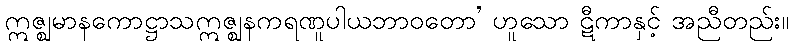
ဣဇ္ဈမာနကောဋ္ဌာသဣဇ္ဈနကရဏူပါယဘာဝတော’ ဟူသော ဋီကာနှင့် အညီတည်း။